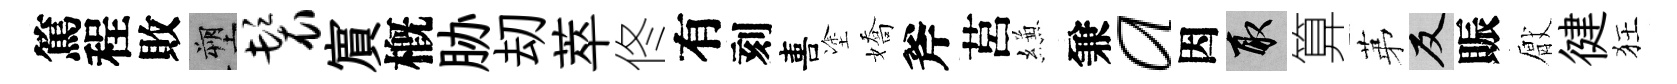
篤程敗塑鬟賔槪胁刧萃佟有刻喜塗嬌斧莒縑兼a因取算苐反賑厭徤狂